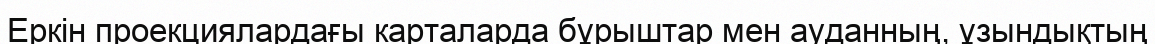
Еркін проекциялардағы карталарда бұрыштар мен ауданның, ұзындықтың